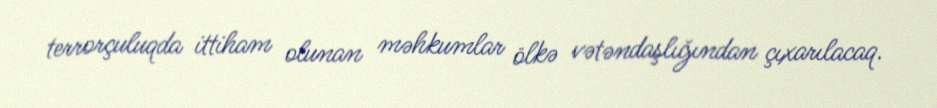
terrorçuluqda ittiham olunan məhkumlar ölkə vətəndaşlığından çıxarılacaq.